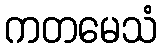
ကတမေသံ